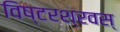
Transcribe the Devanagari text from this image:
विष्टरश्रवस्